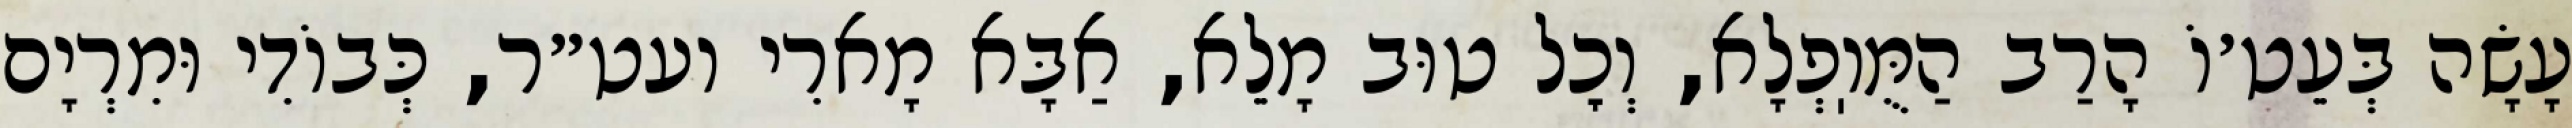
עָשָׂה בְּעֵט׳וֹ הָרַב הַמֻּוֽפְלָא, וְכׇל טוּב מָלֵא, אַבָּא מָארִי ועט״ר, כְּבוֹדִי וּמִרְיָם